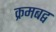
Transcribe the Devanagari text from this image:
क्रमबद्व